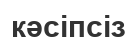
кәсіпсіз